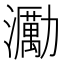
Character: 𤄆